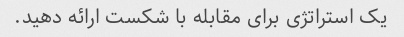
یک استراتژی برای مقابله با شکست ارائه دهید.